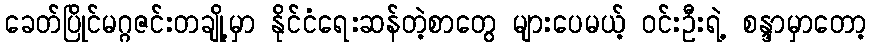
ခေတ်ပြိုင်မဂ္ဂဇင်းတချို့မှာ နိုင်ငံရေးဆန်တဲ့စာတွေ များပေမယ့် ဝင်းဦးရဲ့ စန္ဒာမှာတော့